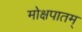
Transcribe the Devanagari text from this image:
मोक्षपातम्